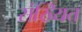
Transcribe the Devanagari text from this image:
संख्यित